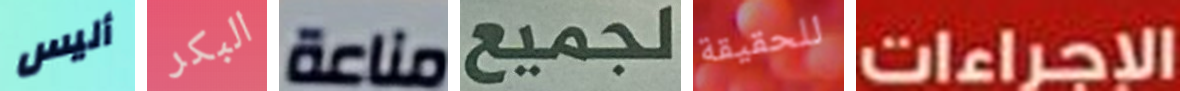
أليس البكر مناعة لجميع للحقيقة الإجراءات